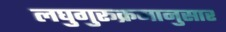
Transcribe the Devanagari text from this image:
लघुगुरूक्रमानुसार